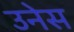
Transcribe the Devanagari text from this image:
उनेस